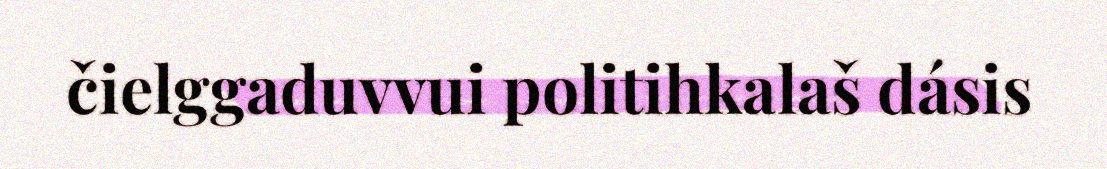
čielggaduvvui politihkalaš dásis